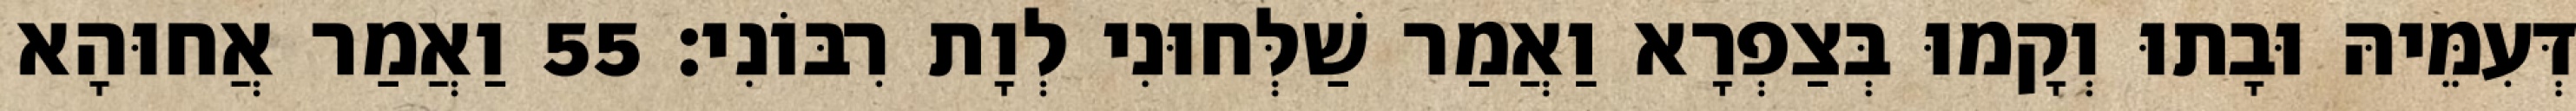
דְּעִמֵּיהּ וּבָתוּ וְקָמוּ בְּצַפְרָא וַאֲמַר שַׁלְּחוּנִי לְוָת רִבּוֹנִי׃ 55 וַאֲמַר אֲחוּהָא